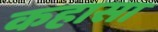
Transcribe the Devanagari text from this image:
कहासा